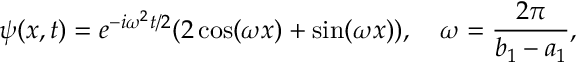
\psi ( x , t ) = e ^ { - i \omega ^ { 2 } t / 2 } ( 2 \cos ( \omega x ) + \sin ( \omega x ) ) , \quad \omega = \frac { 2 \pi } { b _ { 1 } - a _ { 1 } } ,